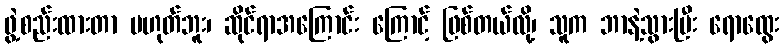
ဖွဲ့စည်းထားတာ မဟုတ်ဘူး၊ ဆိုင်ရာအကြောင်း ကြောင့် ဖြစ်တယ်လို့၊ သူက ဘာနဲ့သွားပြီး ရောထွေး